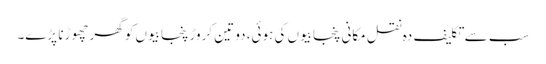
سب سے تکلیف دہ نقل مکانی پنجابیوں کی ہوئی، دو تین کروڑ پنجابیوں کو گھر چھوڑنا پڑے۔